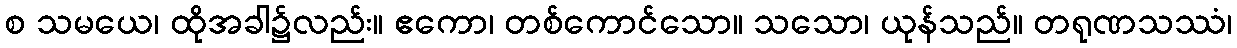
စ သမယေ၊ ထိုအခါ၌လည်း။ ဧကော၊ တစ်ကောင်သော။ သသော၊ ယုန်သည်။ တရုဏသဿံ၊